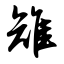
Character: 雉